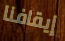
إيقافنا